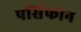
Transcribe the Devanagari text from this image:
पर्सिफोन